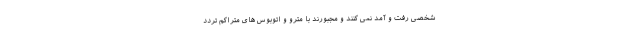
شخصی رفت و آمد نمی کنند و مجبورند با مترو و اتوبوس های متراکم تردد